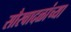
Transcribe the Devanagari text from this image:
सौरवादळांच्या